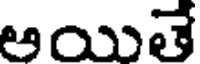
ఆయితే